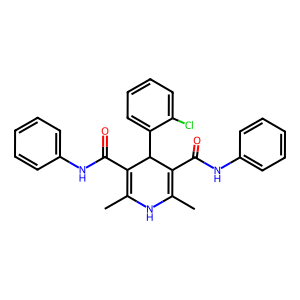
SMILES: CC1=C(C(=O)Nc2ccccc2)C(c2ccccc2Cl)C(C(=O)Nc2ccccc2)=C(C)N1
Inhibits HIV replication: No